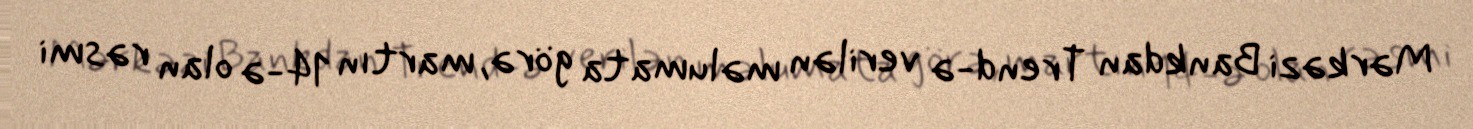
Mərkəzi Bankdan Trend-ə verilən məlumata görə, martın 14-ə olan rəsmi